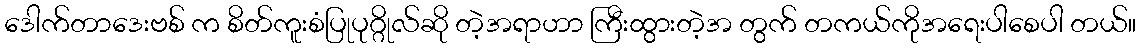
ဒေါက်တာဒေးဗစ် က စိတ်ကူးစံပြုပုဂ္ဂိုလ်ဆို တဲ့အရာဟာ ကြီးထွားတဲ့အ တွက် တကယ်ကိုအရေးပါစေပါ တယ်။